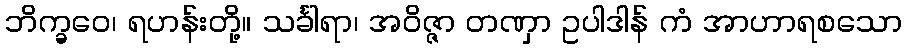
ဘိက္ခဝေ၊ ရဟန်းတို့။ သင်္ခါရာ၊ အဝိဇ္ဇာ တဏှာ ဥပါဒါန် ကံ အာဟာရစသော